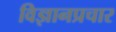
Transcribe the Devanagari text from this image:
विज्ञानप्रचार